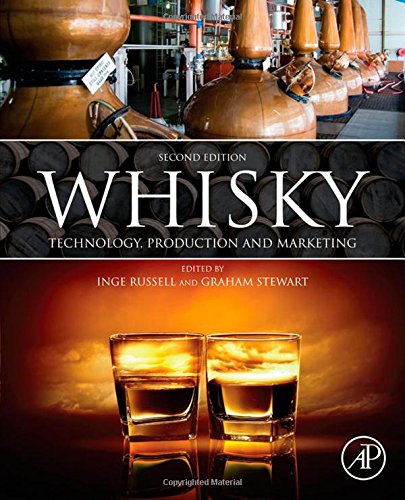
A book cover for Whisky, Second Edition: Technology, Production and Marketing; Science & Math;